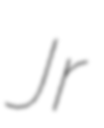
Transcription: Jr